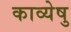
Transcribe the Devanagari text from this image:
काव्येषु